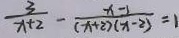
\frac { 3 } { x + 2 } - \frac { x - 1 } { ( x + 2 ) ( x - 2 ) } = 1